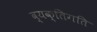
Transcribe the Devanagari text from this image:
व्यक्तिगति